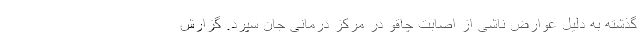
گذشته به دلیل عوارض ناشی از اصابت چاقو در مرکز درمانی جان سپرد. گزارش